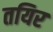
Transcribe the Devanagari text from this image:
तयिर